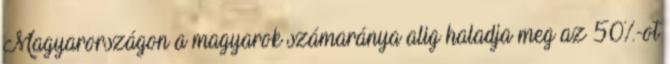
Magyarországon a magyarok számaránya alig haladja meg az 50%-ot